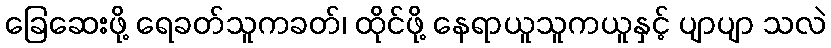
ခြေဆေးဖို့ ရေခတ်သူကခတ်၊ ထိုင်ဖို့ နေရာယူသူကယူနှင့် ပျာပျာ သလဲ